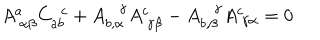
A _ { ~ \alpha \beta } ^ { a } C _ { a b } ^ { ~ ~ c } + A _ { b , \alpha } ^ { \gamma } A _ { ~ \gamma \beta } ^ { c } - A _ { b , \beta } ^ { \gamma } A _ { ~ \gamma \alpha } ^ { c } = 0